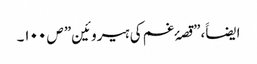
ایضاََ،”قصۂ غم کی ہیروئین” ص ۱۰۰۔